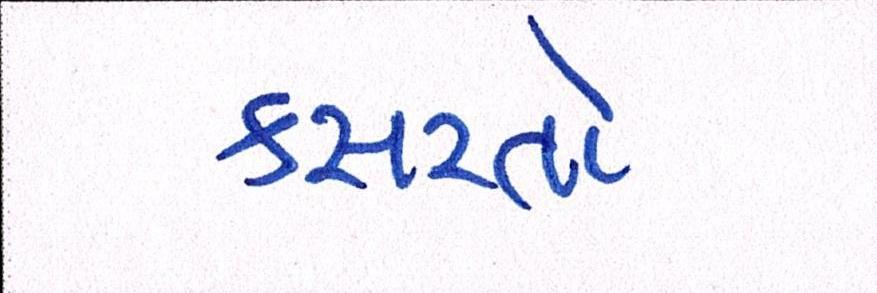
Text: કસરતો